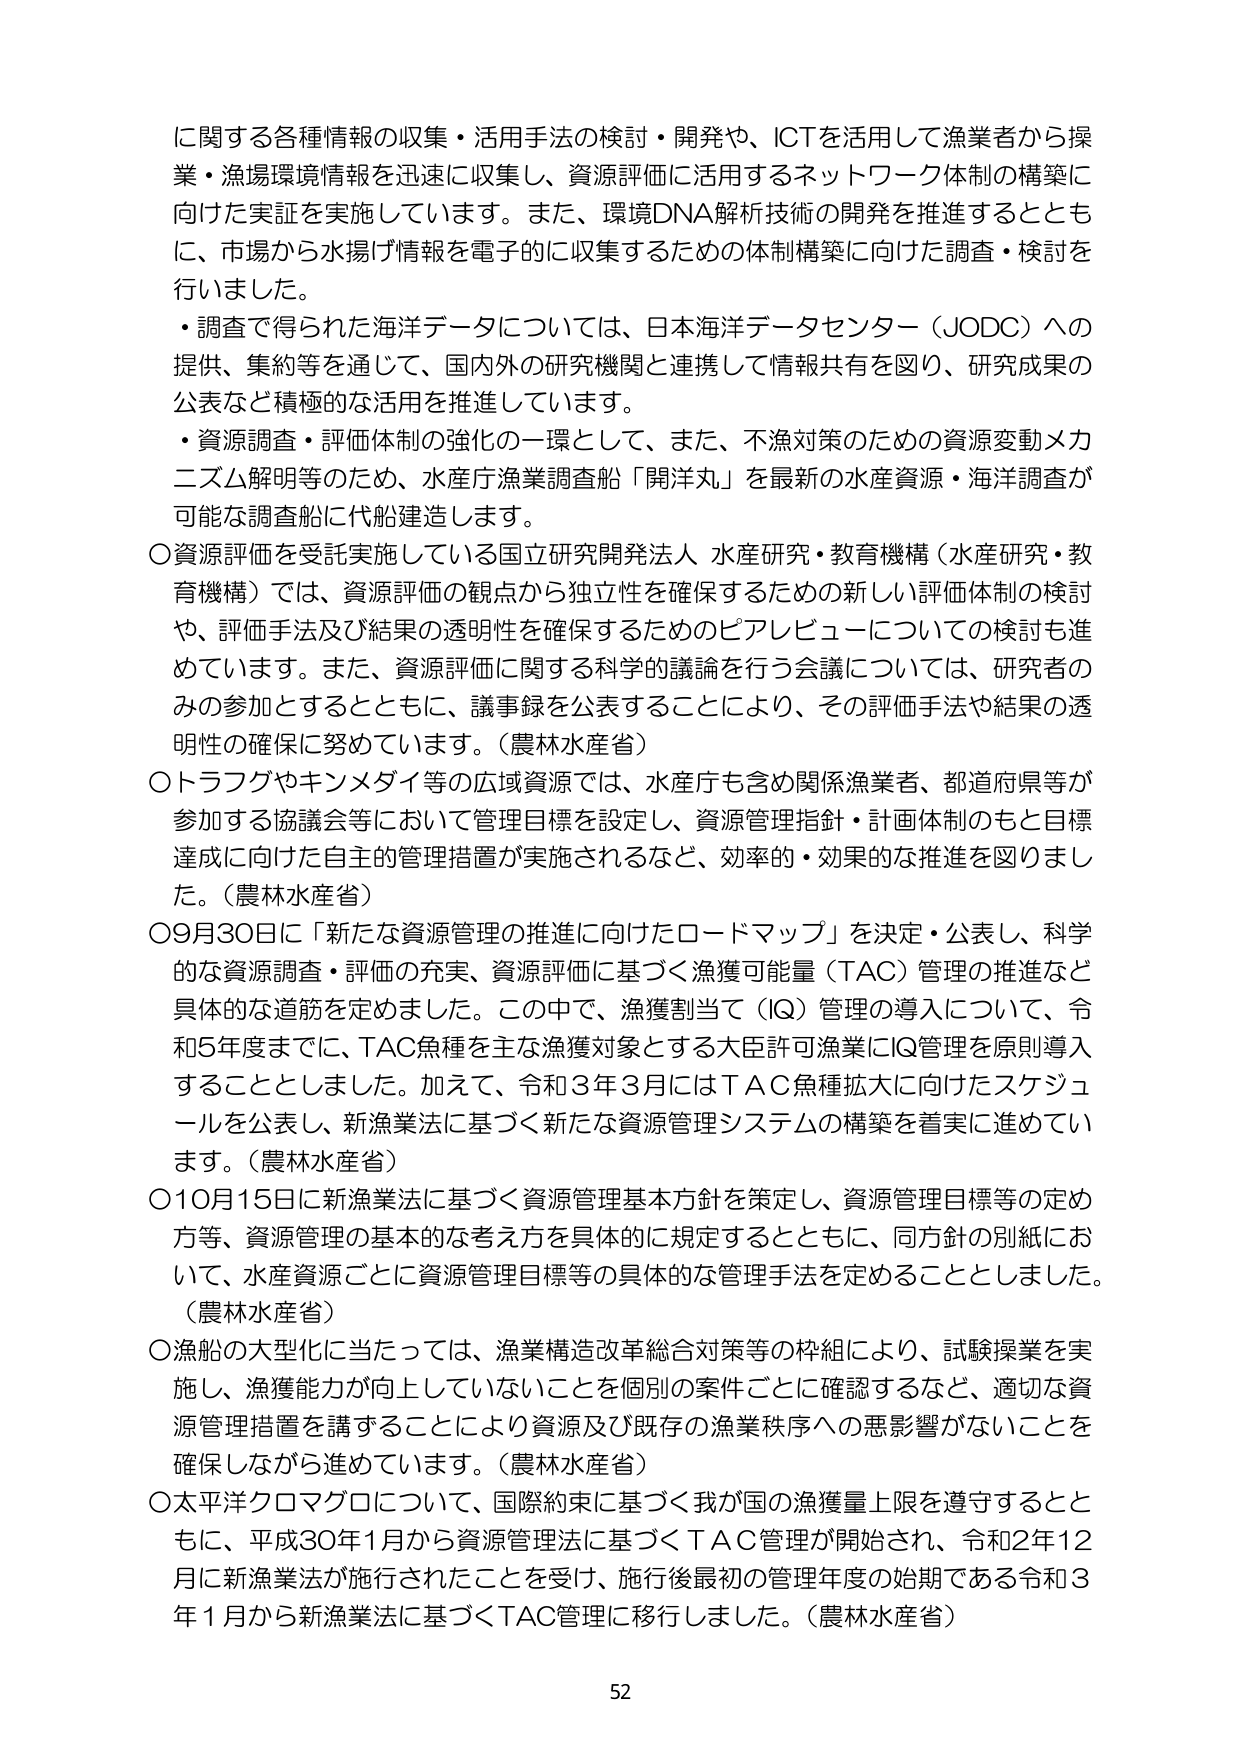
に関する各種情報の収集・活用手法の検討・開発や、ICTを活用して漁業者から操業・漁場環境情報を迅速に収集し、資源評価に活用するネットワーク体制の構築に向けた実証を実施しています。また、環境DNA解析技術の開発を推進するとともに、市場から水揚げ情報を電子的に収集するための体制構築に向けた調査・検討を行いました。

・調査で得られた海洋データについては、日本海洋データセンター（JODC）への提供、集約等を通じて、国内外の研究機関と連携して情報共有を図り、研究成果の公表など積極的な活用を推進しています。

・資源調査・評価体制の強化の一環として、また、不漁対策のための資源変動メカニズム解明等のため、水産庁漁業調査船「開洋丸」を最新の水産資源・海洋調査が可能な調査船に代船建造します。

○資源評価を受託実施している国立研究開発法人 水産研究・教育機構（水産研究・教育機構）では、資源評価の観点から独立性を確保するための新しい評価体制の検討や、評価手法及び結果の透明性を確保するためのピアレビューについての検討も進めています。また、資源評価に関する科学的議論を行う会議については、研究者のみの参加とするとともに、議事録を公表することにより、その評価手法や結果の透明性の確保に努めています。（農林水産省）

○トラフグやキンメダイ等の広域資源では、水産庁も含め関係漁業者、都道府県等が参加する協議会等において管理目標を設定し、資源管理指針・計画体制のもと目標達成に向けた自主的管理措置が実施されるなど、効率的・効果的な推進を図りました。（農林水産省）

○9月30日に「新たな資源管理の推進に向けたロードマップ」を決定・公表し、科学的な資源調査・評価の充実、資源評価に基づく漁獲可能量（TAC）管理の推進など具体的な道筋を定めました。この中で、漁獲割当て（IQ）管理の導入について、令和5年度までに、TAC魚種を主な漁獲対象とする大臣許可漁業にIQ管理を原則導入することとしました。加えて、令和3年3月にはTAC魚種拡大に向けたスケジュールを公表し、新漁業法に基づく新たな資源管理システムの構築を着実に進めています。（農林水産省）

○10月15日に新漁業法に基づく資源管理基本方針を策定し、資源管理目標等の定め方等、資源管理の基本的な考え方を具体的に規定するとともに、同方針の別紙において、水産資源ごとに資源管理目標等の具体的な管理手法を定めることとしました。（農林水産省）

○漁船の大型化に当たっては、漁業構造改革総合対策等の枠組により、試験操業を実施し、漁獲能力が向上していないことを個別の案件ごとに確認するなど、適切な資源管理措置を講ずることにより資源及び既存の漁業秩序への悪影響がないことを確保しながら進めています。（農林水産省）

○太平洋クロマグロについて、国際約束に基づく我が国の漁獲量上限を遵守するとともに、平成30年1月から資源管理法に基づくTAC管理が開始され、令和2年12月に新漁業法が施行されたことを受け、施行後最初の管理年度の始期である令和3年1月から新漁業法に基づくTAC管理に移行しました。（農林水産省）

52